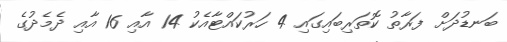
ބަނޑުދަށް ފަރާތު ކޮތަރިބައިގައި 4 ހަރުކައްޓާއެކު 14 އާއި 16 އާއި ދެމެދުގެ